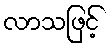
လာသဖြင့်